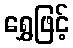
ရွှေဖြင့်